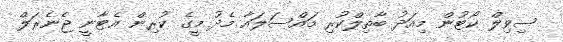
ސިވިލް ކޯޓުން މިއަދު ބާތިލްކުރި މައްސަލައާ މެދު މީގެ ކުރިން އެޓާނީ ޖެނެރަލް